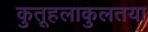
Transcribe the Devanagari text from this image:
कुतूहलाकुलतया